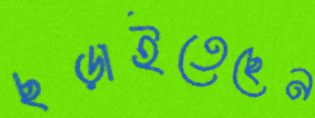
ছড়াইতেছেন